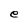
Character: e